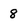
Character: 8